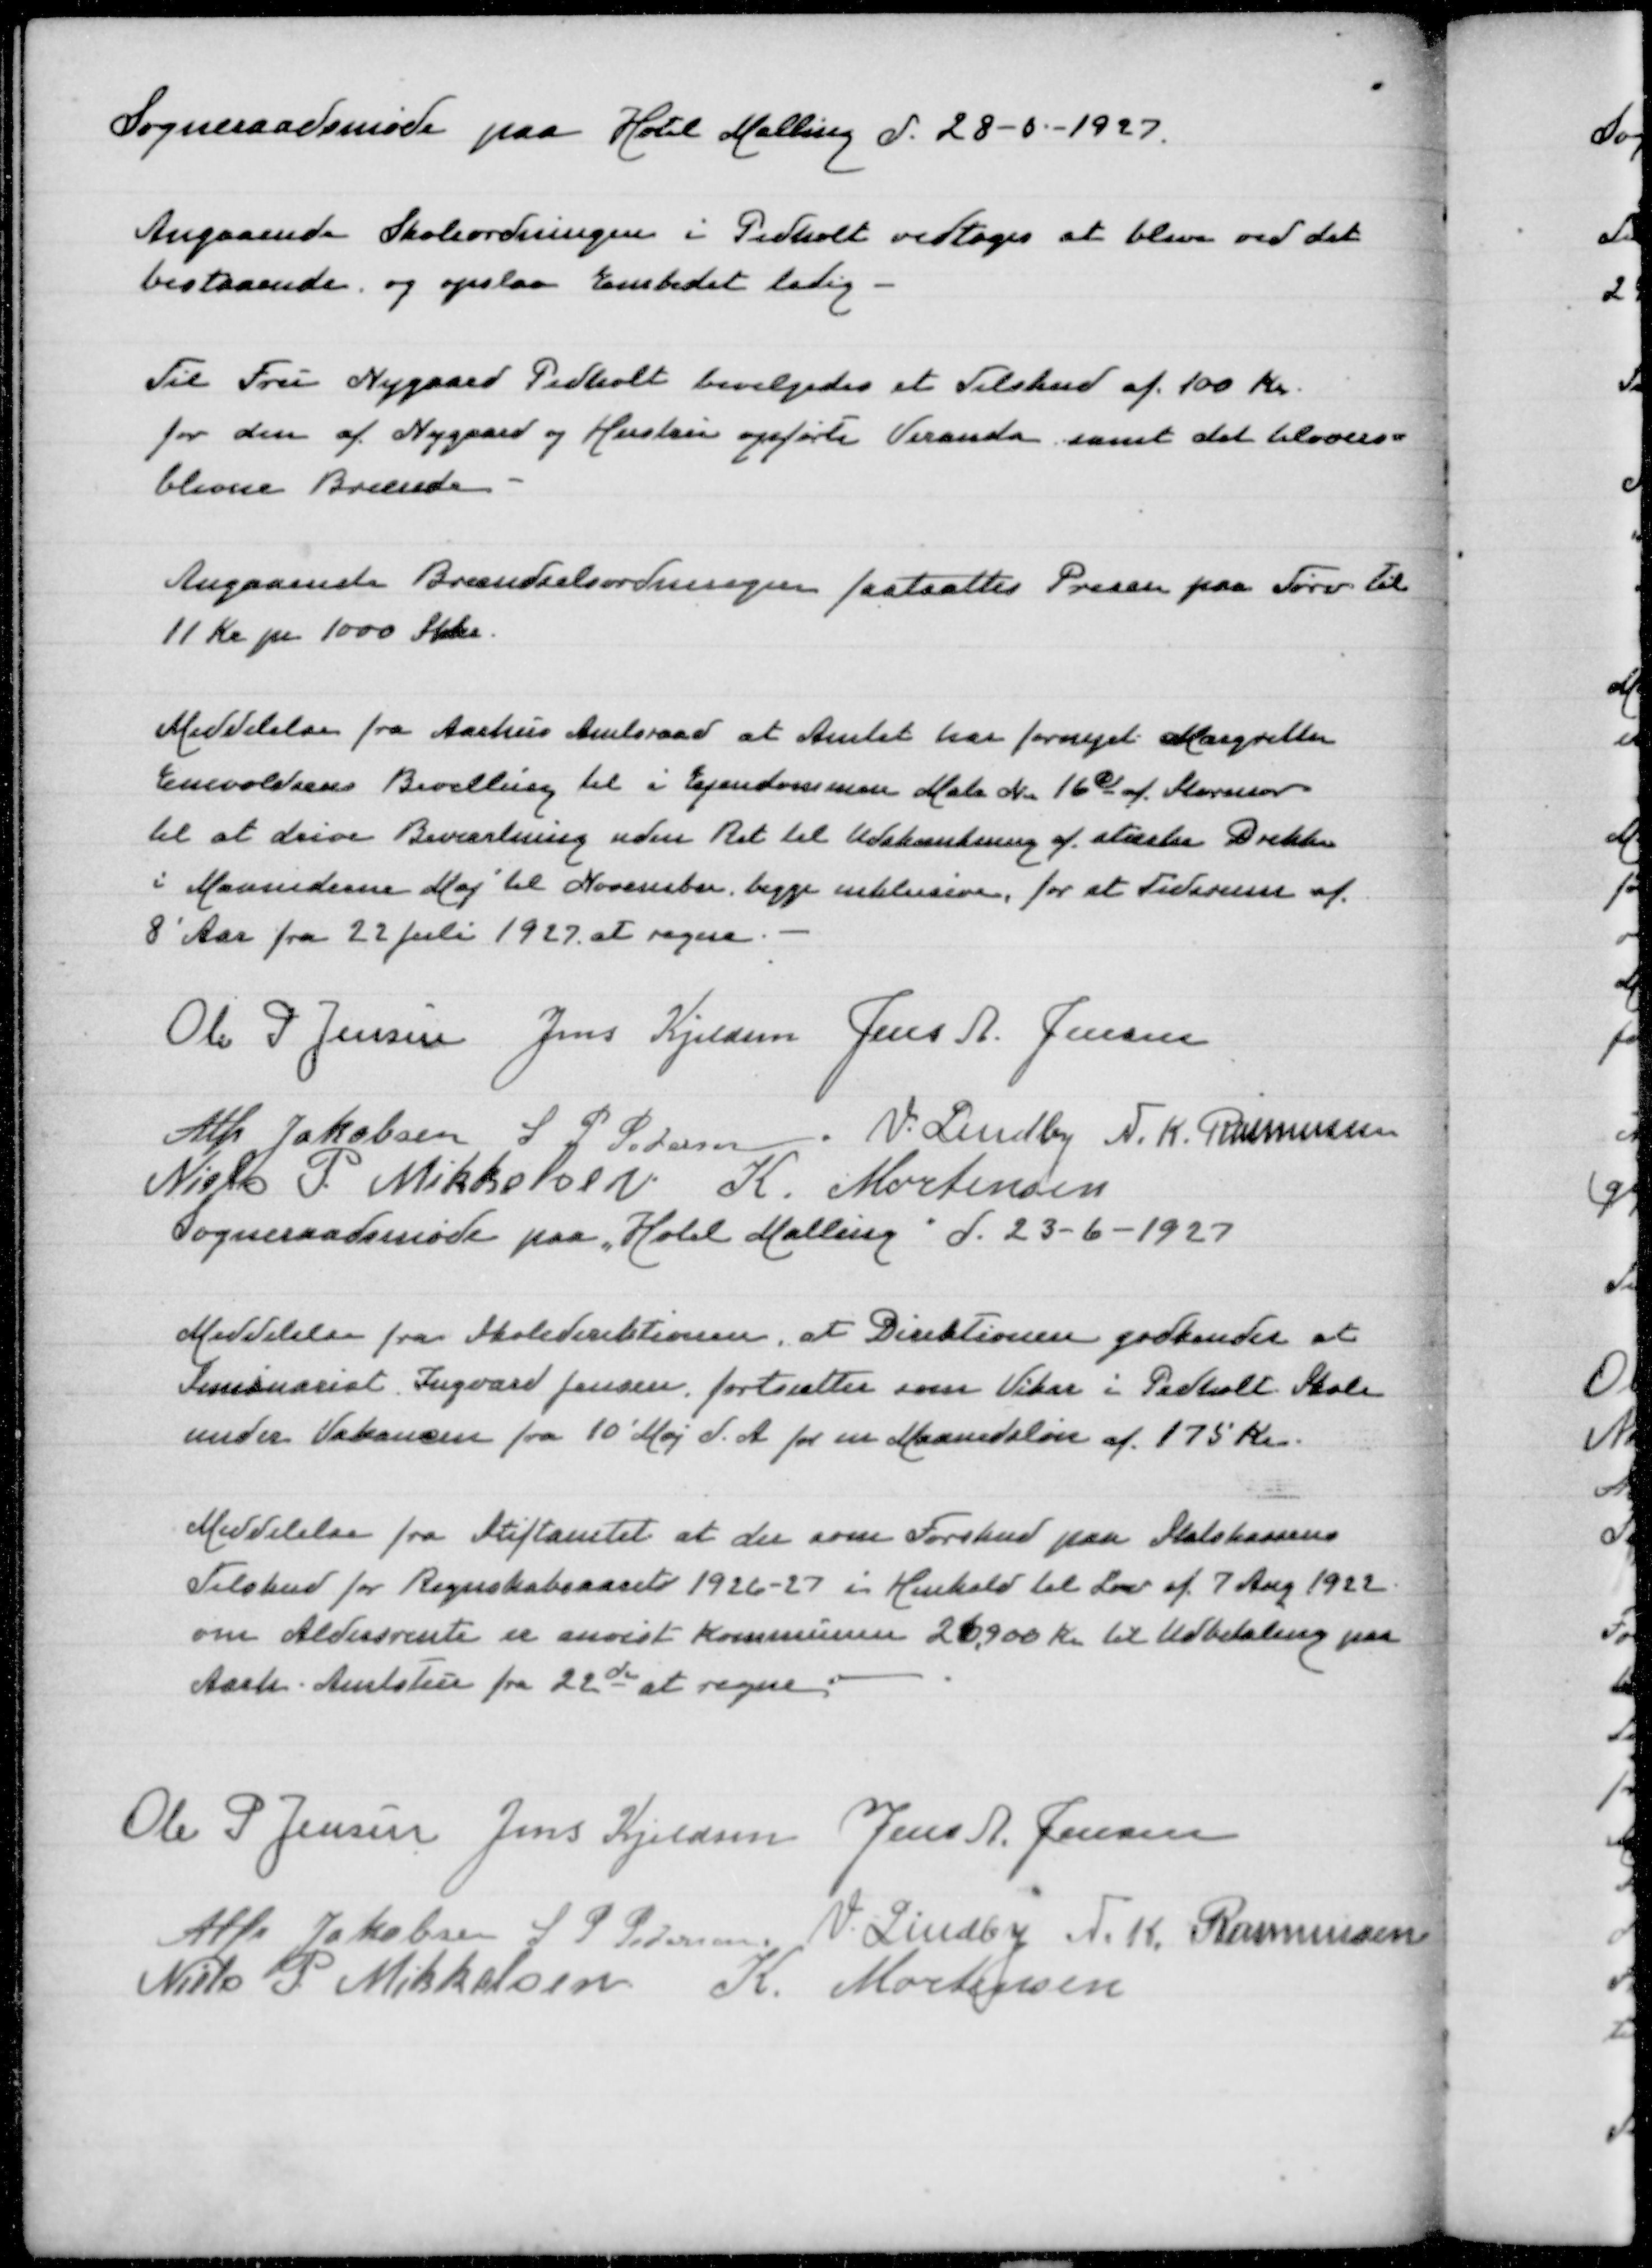
Transskription:
Sogneraadsmøde paa Hotel Malling d 28-6-1927

Angaaende Skoleordningen i Pedholt vedtoges at blive ved det
bestaaende og opslaa Embedet ledig

Til Fru Nygaard Pedholt bevilgedes et Tilskud af 100 Kr
for den af Nygaard og Hustru opførte Veranda samt det tilovers=
blevne Brænde

Angaaende Brændselsordningen fastsattes Prisen paa Tørv til
11 Kr pr 1000 Stk

Meddelelse fra aarhus Amtsraad at Amtet har fornyet Margrethe
Enevoldsens Bevilling til i Ejendommen Matr Nr 16c af Storenor
til at drive Beværtning uden Ret til Udskænkning af stærke Drikke
i Maanederne Maj til November begge inklusive for et Tidsrum af
8 Aar fra 22 Juli 1927 at regne

Ole P Jensen
Jens Kjeldsen
Jens A Jensen
Alfr Jakobsen
S P Pedersen
V Lindby
N K Rasmussen
Niels P Mikkelsen
K Mortensen
Sogneraadsmøde paa Hotel Malling d 23-6-1927

Meddelelse fra Skoledirektionen, at Direktionen godkender at
Seminarist Ingvard Jensen fortsætter som Vikar i Pedholt Skole
under Vakancen fra 10' Maj d A for en Maanedsløn af 175 Kr

Meddelelse fra Stiftamtet at der som Forskud paa Skolekassens
Tilskud for Regnskabsaaret 1926-27 i Henhold til Lov af 7 Aug 1922
om Aldersrente er anvist Kommunen 26.900 Kr til Udbetaling paa
Aarh Amtstue fra 22de at regne

Ole P Jensen
Jens Kjeldsen
Jens A Jensen
Alfr Jakobsen
S P Pedersen
V Lindby
N K Rasmussen
Niels P Mikkelsen
K Mortensen